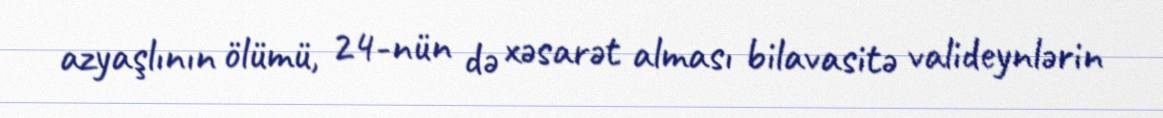
azyaşlının ölümü, 24-nün də xəsarət alması bilavasitə valideynlərin